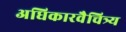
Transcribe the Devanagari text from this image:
अधिकारवैचित्र्य